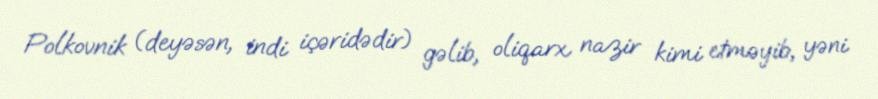
Polkovnik (deyəsən, indi içəridədir) gəlib, oliqarx nazir kimi etməyib, yəni